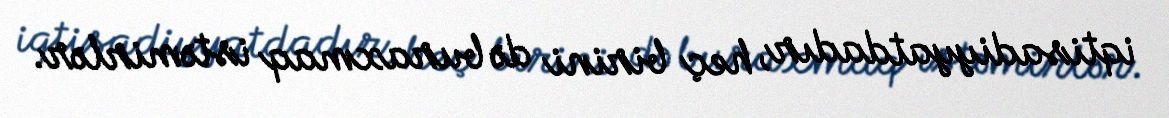
iqtisadiyyatdadır, heç birini də buraxmaq istəmirlər.